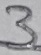
Text: 3